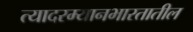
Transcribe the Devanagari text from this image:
त्यादरम्यानभारतातील